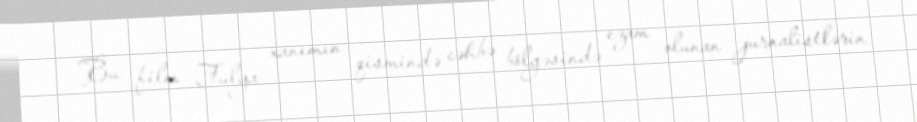
Bu film Fulya xanımın qismində cəhbə bölgəsində ezam olunan jurnalistlərin